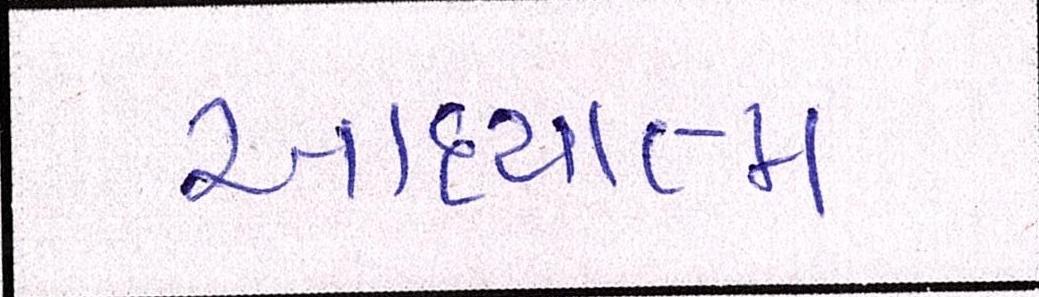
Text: આધ્યાત્મ